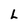
Character: L